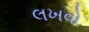
લખવો